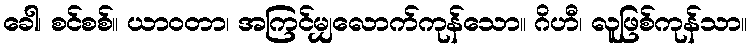
ခေါ၊ စင်စစ်။ ယာဝတာ၊ အကြင်မျှလောက်ကုန်သော။ ဂိဟီ၊ လူဖြစ်ကုန်သာ။